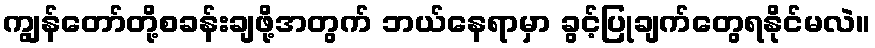
ကျွန်တော်တို့စခန်းချဖို့အတွက် ဘယ်နေရာမှာ ခွင့်ပြုချက်တွေရနိုင်မလဲ။